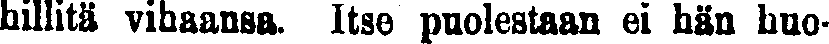
hillitä vihaansa. Itse puolestaan ei hän huo-